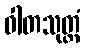
ဝါတသုတ္တံ